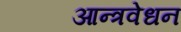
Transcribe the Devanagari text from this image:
आन्त्रवेधन